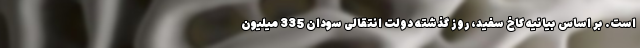
است. بر اساس بیانیه کاخ سفید، روز گذشته دولت انتقالی سودان 335 میلیون